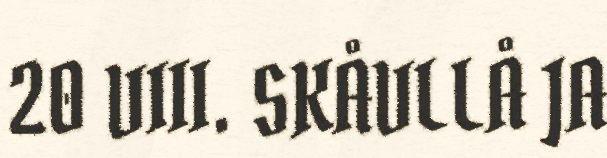
20 VIII. SKÅVLLÅ JA